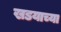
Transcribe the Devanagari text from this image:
खडयाच्या